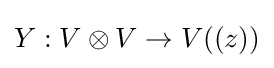
Y:V\otimes V\rightarrow V((z))